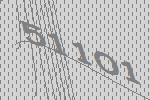
51101